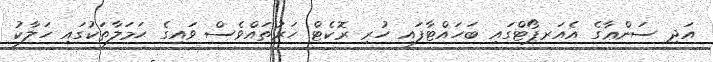
އަދި ސަންޢާގެ އެއަރޕޯޓްގައި ބަހައްޓާފައި ހުރި ރޮކެޓް ހަރުތައްވެސް ވައިގެ ޙަމަލާތަކުގައި ހަލާކު